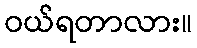
ဝယ်ရတာလား။